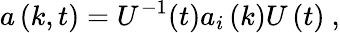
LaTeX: a\left(k,t\right)=U^{-1}(t)a_{i}\left(k\right)U\left(t\right)~,